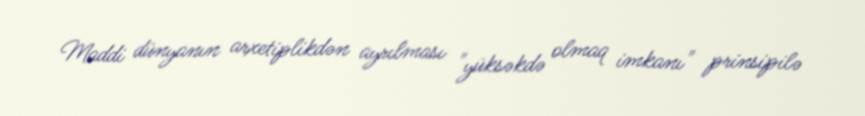
Maddi dünyanın arxetiplikdən ayrılması "yüksəkdə olmaq imkanı" prinsipilə